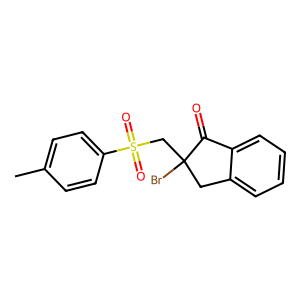
SMILES: Cc1ccc(S(=O)(=O)CC2(Br)Cc3ccccc3C2=O)cc1
Inhibits HIV replication: No